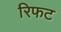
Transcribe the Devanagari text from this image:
रिफट